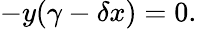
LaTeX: -y(\gamma-\delta x)=0.